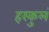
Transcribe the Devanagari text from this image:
हरकुलं